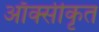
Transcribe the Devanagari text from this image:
आँक्सीकृत